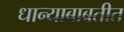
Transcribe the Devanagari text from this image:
धान्याबाबतीत